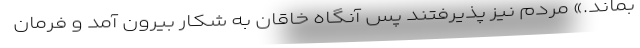
بماند.» مردم نیز پذیرفتند پس آنگاه خاقان به شکار بیرون آمد و فرمان